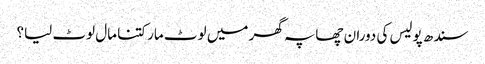
سندھ پولیس کی دوران چھاپہ گھر میں لوٹ مار کتنا مال لوٹ لیا؟